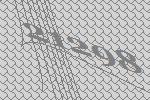
21298